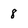
Character: 8